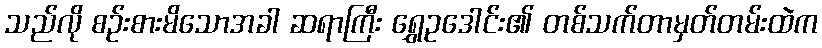
သည်လို စဉ်းစားမိသောအခါ ဆရာကြီး ရွှေဥဒေါင်း၏ တစ်သက်တာမှတ်တမ်းထဲက